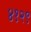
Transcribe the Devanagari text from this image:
४१२९